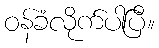
ဝန်ခံလိုက်ပါပြီ။